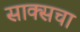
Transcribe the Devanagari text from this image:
साक्सचा